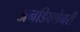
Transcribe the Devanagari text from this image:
अनडिक्शेनरी